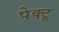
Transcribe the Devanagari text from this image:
पेक्टू